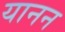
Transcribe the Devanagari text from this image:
यानन